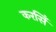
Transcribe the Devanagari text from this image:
करसिँ